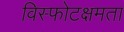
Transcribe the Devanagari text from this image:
विस्फोटक्षमता